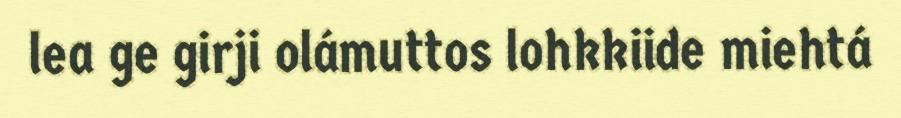
lea ge girji olámuttos lohkkiide miehtá